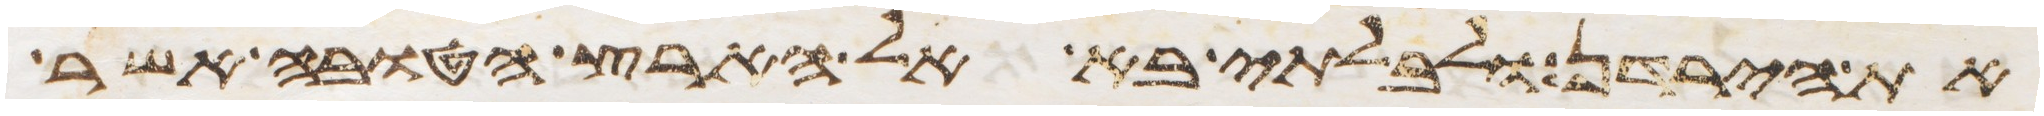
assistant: את הירדן ולבלתי בא אל הארץ הטובה אשר